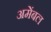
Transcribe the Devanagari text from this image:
अमेंबल